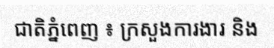
ជាតិភ្នំពេញ ៖ ក្រសួងការងារ និង